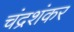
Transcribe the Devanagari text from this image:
चंद्रशंकर